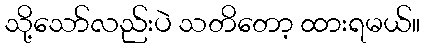
သို့သော်လည်းပဲ သတိတော့ ထားရမယ်။